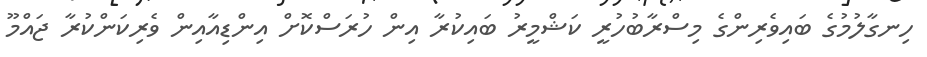
ހިނގާލުމުގެ ބައިވެރިންގެ މިސްރާބުހުރީ ކަޝްމީރު ބައިކުރާ އިން ހުރަސްކޮށް އިންޑިއާއިން ވެރިކަންކުރާ ޖައްމޫ